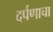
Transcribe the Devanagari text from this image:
दर्पणाचा